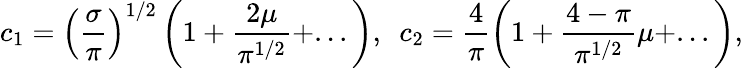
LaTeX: c_{1}=\left(\frac{\sigma}{\pi}\right)^{1/2}\left(1+\frac{2\mu}{\pi^{1/2}}+...\right),~~c_{2}=\frac{4}{\pi}\left(1+\frac{4-\pi}{\pi^{1/2}}\mu+...\right),